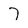
Character: 7